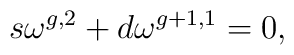
s\omega^{g,2}+d\omega^{g+1,1}=0,